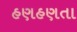
હણહણતા